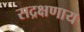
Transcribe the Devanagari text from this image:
सद्रक्षणाय